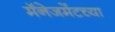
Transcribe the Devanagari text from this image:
मॅनेजमेंटच्या